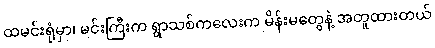
ထမင်းရုံမှာ၊ မင်းကြီးက ရွာသစ်ကလေးက မိန်းမတွေနဲ့ အတူထားတယ်